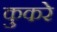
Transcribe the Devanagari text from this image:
कुकरे